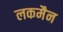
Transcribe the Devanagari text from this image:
लकमैन